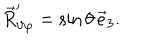
\vec { R } _ { \vartheta \varphi } ^ { \prime } = \sin \theta \, \vec { e } _ { 3 } .